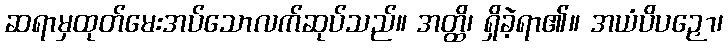
ဆရာမှထုတ်မေးအပ်သောလက်ဆုပ်သည်။ အတ္ထိ၊ ရှိခဲ့ရာ၏။ အယံပိပဉှော၊